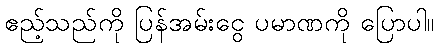
ဧည့်သည်ကို ပြန်အမ်းငွေ ပမာဏကို ပြောပါ။